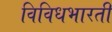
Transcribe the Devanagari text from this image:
विविधभारती